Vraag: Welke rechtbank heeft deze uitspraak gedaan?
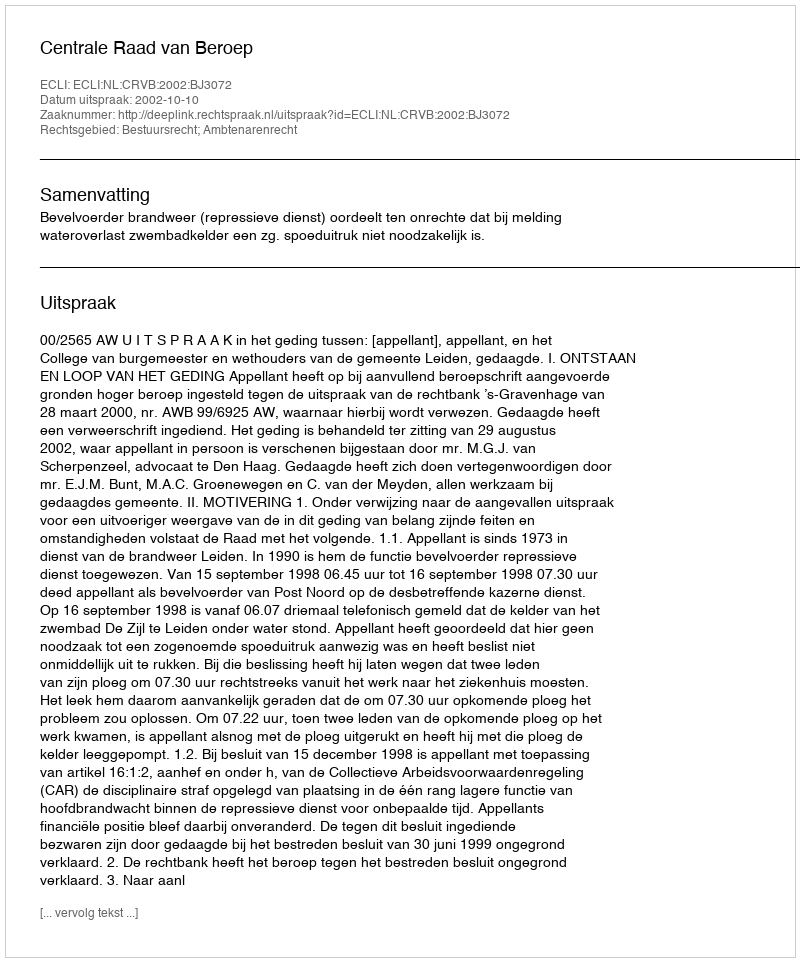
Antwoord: Centrale Raad van Beroep